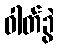
ဓါတ်ခွဲ